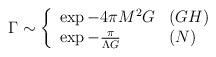
LaTeX: \begin{align*}\Gamma \sim \left\{ \begin{array}{ll}\exp -4\pi M^{2}G & {(GH)} \\ \exp -\frac{\pi }{\Lambda G}{} & {(N)}\end{array}\right.\end{align*}